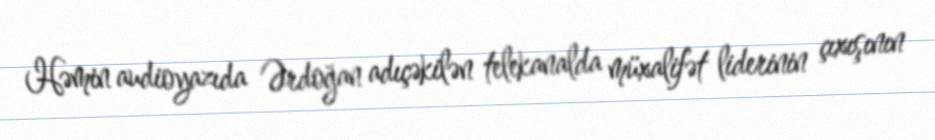
Həmin audioyazıda Ərdoğan adıçəkilən telekanalda müxalifət liderinin çıxışının